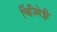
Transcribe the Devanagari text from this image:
चिंजिरेड्डी